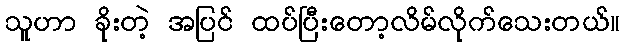
သူဟာ ခိုးတဲ့ အပြင် ထပ်ပြီးတော့လိမ်လိုက်သေးတယ်။